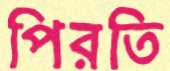
পিরতি